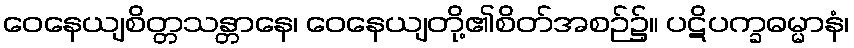
ဝေနေယျစိတ္တသန္တာနေ၊ ဝေနေယျတို့၏စိတ်အစဉ်၌။ ပဋိပက္ခဓမ္မာနံ၊